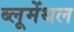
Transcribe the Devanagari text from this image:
ब्लूमेंथल